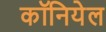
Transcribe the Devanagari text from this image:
कॉनियेल